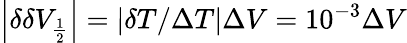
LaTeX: \left|\delta\delta V_{\frac{1}{2}}\right|=\left|\delta T/\Delta T\right|\Delta V=10^{-3}\Delta V